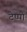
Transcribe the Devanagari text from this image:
टेप्पो